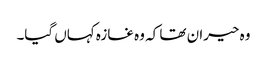
وہ حیران تھا کہ وہ غازہ کہاں گیا۔